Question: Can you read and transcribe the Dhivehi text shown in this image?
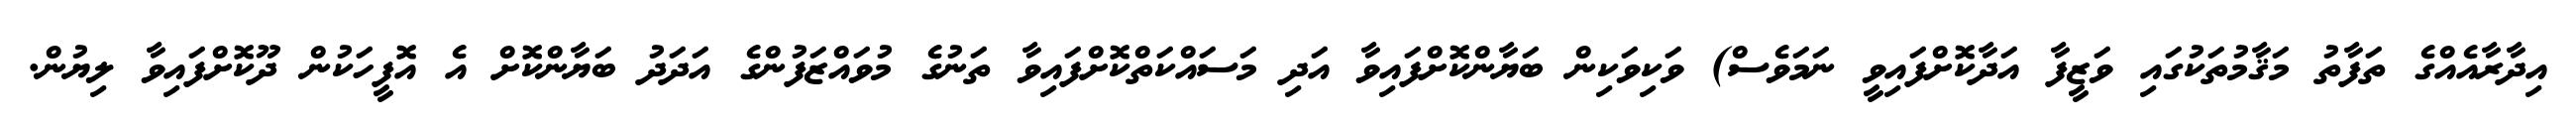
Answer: އިދާރާއެއްގެ ތަފާތު މަޤާމުތަކުގައި ވަޒީފާ އަދާކޮށްފައިވީ ނަމަވެސް) ވަކިވަކިން ބަޔާންކޮށްފައިވާ އަދި މަސައްކަތްކޮށްފައިވާ ތަނުގެ މުވައްޒަފުންގެ އަދަދު ބަޔާންކޮށް އެ އޮފީހަކުން ދޫކޮށްފައިވާ ލިޔުން.